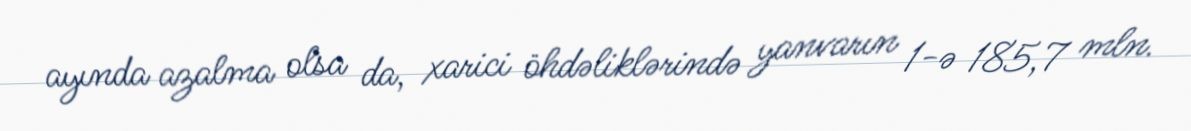
ayında azalma olsa da, xarici öhdəliklərində yanvarın 1-ə 185,7 mln.